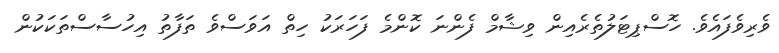
ވެރިވެފައެވެ. ހޮސްޕިޓަލުތެރެއިން ވިޝާމް ފެންނަ ކޮންމެ ފަހަރަކު ހިތް އަވަސްވެ ތަފާތު އިހުސާސްތަކަކުން